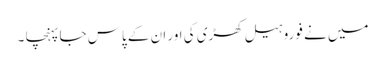
میں نے فوروہیل کھڑی کی اور ان کے پاس جا پہنچا ۔